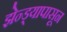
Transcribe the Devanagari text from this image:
झेन्ड्यापासून